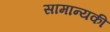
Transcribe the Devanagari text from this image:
सामान्यकी